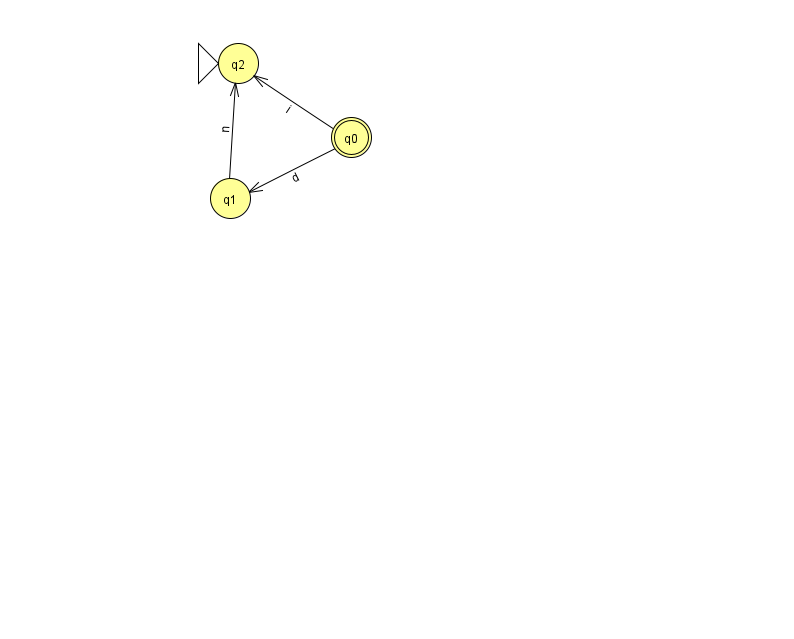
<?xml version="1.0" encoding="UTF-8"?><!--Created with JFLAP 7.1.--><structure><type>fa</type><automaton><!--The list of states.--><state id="0" name="q0"><x>351.0</x><y>124.0</y><final/></state><state id="1" name="q1"><x>230.0</x><y>185.0</y></state><state id="2" name="q2"><x>238.0</x><y>50.0</y><initial/></state><!--The list of transitions.--><transition><from>0</from><to>1</to><read>d</read></transition><transition><from>0</from><to>2</to><read>i</read></transition><transition><from>1</from><to>2</to><read>n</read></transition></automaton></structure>